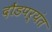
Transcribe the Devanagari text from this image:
दौंडपर्यंत